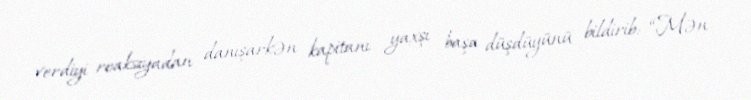
verdiyi reaksiyadan danışarkən kapitanı yaxşı başa düşdüyünü bildirib: “Mən